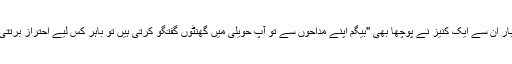
ایک بار ان سے ایک کنیز نے پوچھا بھی "بیگم اپنے مداحوں سے تو آپ حویلی میں گھنٹوں گفتگو کرتی ہیں تو باہر کس لیے احتراز برتتی ہیں؟